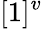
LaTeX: [1]^{v}